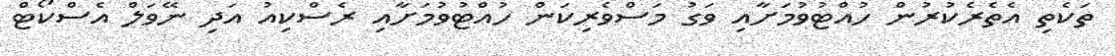
ތަކެތި އެތެރެކުރުން ހުއްޓުވުމަށާއި ވަގު މަސްވެރިކަން ހުއްޓުވުމަށާއި ރެސްކިއު އަދި ނޭވަލް އެސްކޯޓް